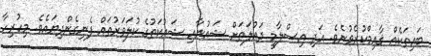
ބައިތަކެއް ޤާއިމްކުރެވުނެވެ. އަދި އިސްލާމީ ދައުލަތަށް ޝައުނާއި ޝައުކަތުގެ ކުލަވަރުތައް ފެނިގެންދިޔައެވެ. މިހުރިހާ